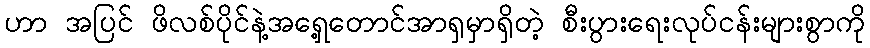
ဟာ အပြင် ဖိလစ်ပိုင်နဲ့အရှေ့တောင်အာရှမှာရှိတဲ့ စီးပွားရေးလုပ်ငန်းများစွာကို